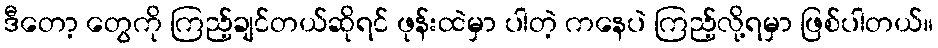
ဒီတော့ တွေကို ကြည့်ချင်တယ်ဆိုရင် ဖုန်းထဲမှာ ပါတဲ့ ကနေပဲ ကြည့်လို့ရမှာ ဖြစ်ပါတယ်။